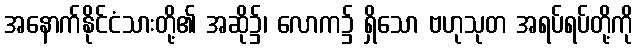
အနောက်နိုင်ငံသားတို့၏ အဆို၌၊ လောက၌ ရှိသော ဗဟုသုတ အရပ်ရပ်တို့ကို